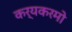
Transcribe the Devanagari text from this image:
कर्यकरमो